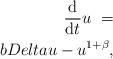
LaTeX: \begin{align*}\frac{\mathrm{d}}{\mathrm{d}t}u\ =\\bDelta u-u^{1+\beta}, \end{align*}